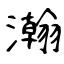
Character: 瀚